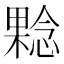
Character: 𰘬